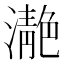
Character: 濪